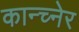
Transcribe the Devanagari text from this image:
कान्च्नेर